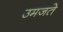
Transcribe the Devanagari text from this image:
उमजते